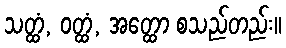
သတ္ထံ, ဝတ္ထံ, အတ္ထော စသည်တည်း။